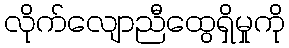
လိုက်လျောညီထွေရှိမှုကို